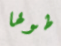
طولها